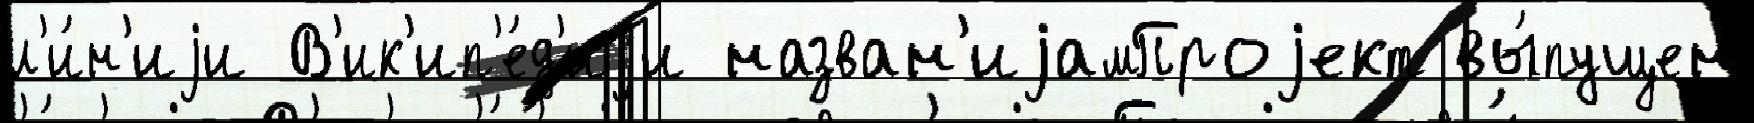
л'и́н'иjи В'ик'ип'е́д'иjи назван'иjамПроjект вы́пущен